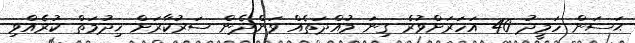
ޙަސަން ހަމީދު 40 އަހަރަށްވުރެ ގިނަ މުއްދަތެއް ވަންދެން ސަރުކާރަށް ޚިދުމަތް ކުރެއްވި